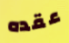
عقده